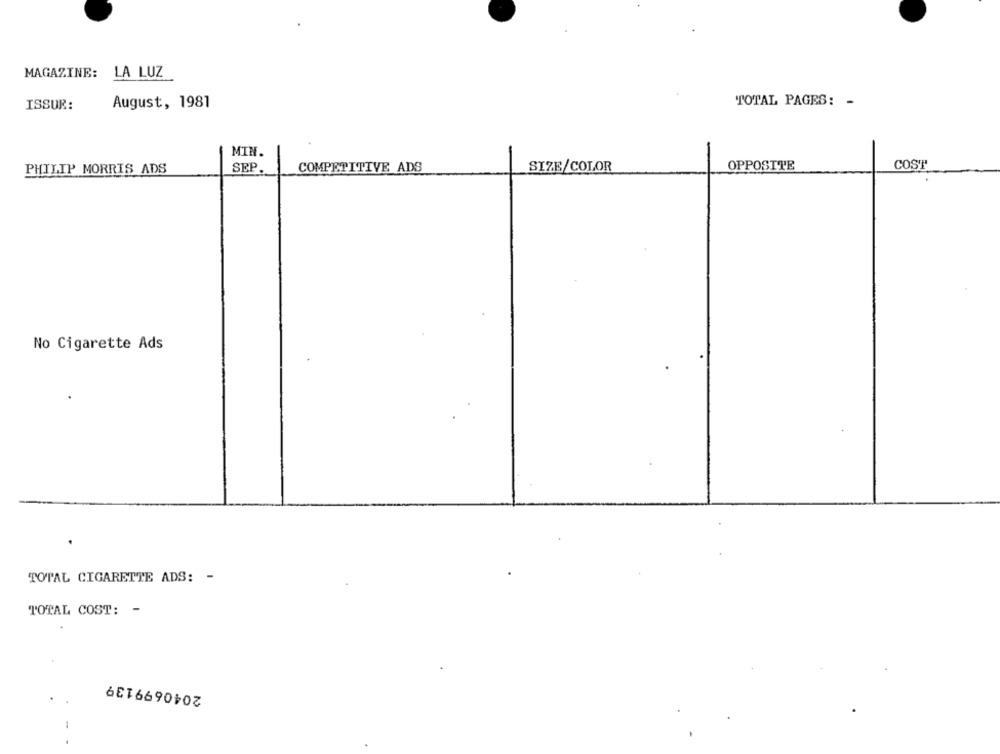
MAGAZINE: LA LUZ
ISSUR:
August, 1981
TOTAL PAGES: -
MIN.
OPPOSITE
COST
PHILIP MORRIS ADS
SEP
COMPETITIVE ADS
SIZE/COLOR
No Cigarette Ads
TOTAL CIGARETTE ADS: -
TOTAL COST: -
2040699139
-